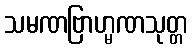
သမဏဗြာဟ္မဏသုတ္တ